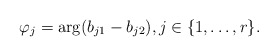
\begin{align*} \varphi_j = \arg(b_{j1}-b_{j2}), j \in \{1,\ldots,r\}.\end{align*}